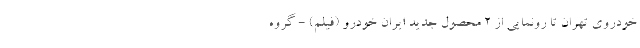
خودروی تهران تا رونمایی از 2 محصول جدید ایران خودرو (فیلم) - گروه